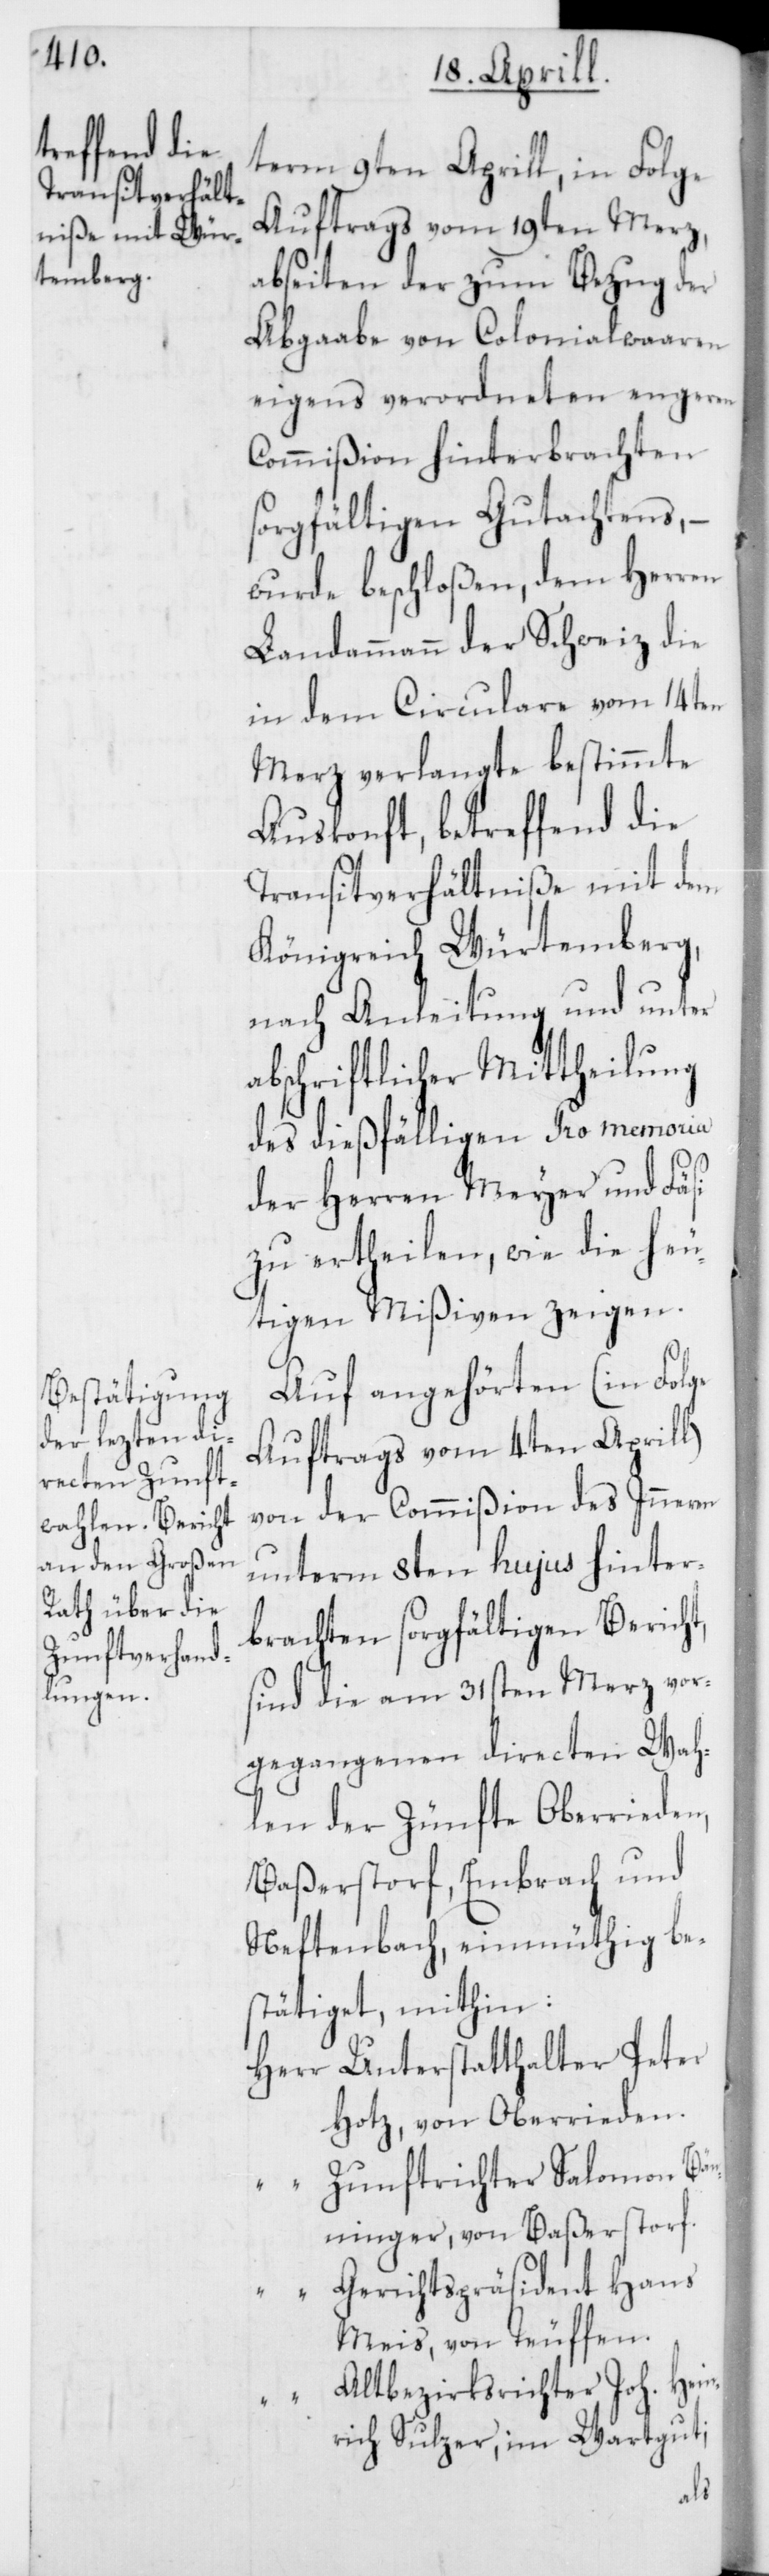
term 9ten Aprill, in Folge
Auftrags vom 19ten Merz,
ab Seiten der zum Bezug der
Abgaabe von Colonialwaaren
eigens verordneten engeren
Commißion hinterbrachten
sorgfältigen Gutachtens, –
wurde beschloßen, dem Herren
Landammann der Schweiz die
in dem Circulare vom 14ten
Merz verlangte bestimmte
Auskonft, betreffend die
Transitverhältniße mit dem
Königreich Würtemberg,
nach Anleitung und unter
abschriftlicher Mittheilung
des dießfälligen Pro memoria
der Herren Meyer und Fäsi
zu ertheilen, wie die heu¬
tigen Mißiven zeigen.
Auf angehörten (in Folge
Auftrags vom 4ten Aprill)
von der Commißion des Inneren
unterm 8ten hujus hinter¬
brachten sorgfältigen Bericht,
sind die am 31sten Merz vor¬
gegangenen directen Wah¬
len der Zünfte Oberrieden,
Baßerstorf, Embrach und
Neftenbach, einmüthig be¬
stätiget, mithin:
Herr Unterstatthalter Peter
Hotz von Oberrieden.
“ Zunftrichter Salomon Bä¬
nninger, von Baßerstorf.
“ Gerichtspräsident Hans
Meis, von Teufen.
Altbezirksrichter Joh. Hein¬
rich Sulzer, im Wartgut;